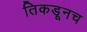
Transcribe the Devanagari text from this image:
तिकडूनच